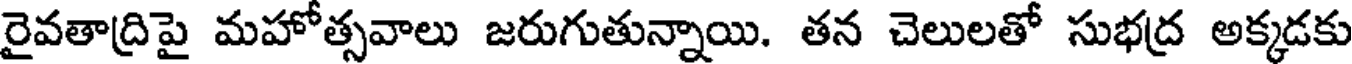
రైవతాద్రిపై మహోత్సవాలు జరుగుతున్నాయి. తన చెలులతో సుభద్ర అక్కడకు